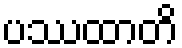
ပဿထာတိ